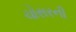
ચોસરની